Vaccination United Provinces of Agra and Oudh 1923-1928 - 1923-1928
Year: 1923
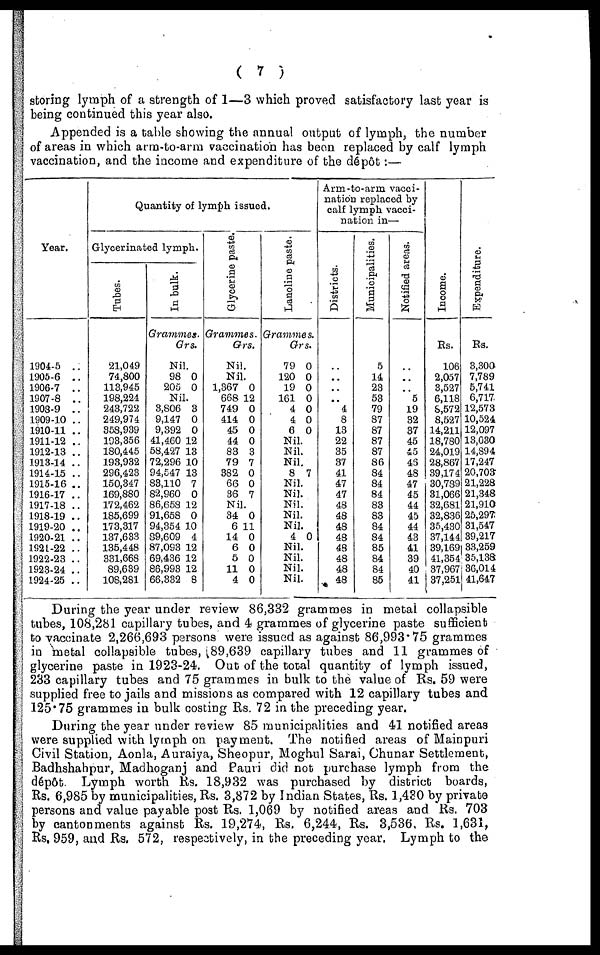
( 7 )
storing lymph of a strength of 1—3 which proved satisfactory last year is
being continued this year also.
Appended is a table showing the annual output of lymph, the number
of areas in which arm-to-arm vaccination has been replaced by calf lymph
vaccination, and the income and expenditure of the dépôt :—
Year.
1904-5 ..
1905-6 ..
1906-7 ..
1907-8 ..
1908-9 ..
1909-10 ..
1910-11 ..
1911-12 ..
1912-13 ..
1913-14 ..
1914-15 ..
1915-16 ..
1916-17 ..
1917-18 ..
1918-19 ..
1919-20 ..
1920-21 ..
1921-22 ..
1922-23 ..
1923-24 ..
1924-25 ..
Quantity of lymph issued.
Glycerinated lymph.
Tubes.
21,049
74,800
113,945
198,224
243,722
249,974
358,939
193,356
180,445
193,932
296,423
150,347
169,880
172,462
185,699
173,317
137,633
135,448
331,668
89,639
108,281
In bulk.
Grammes.
Grs.
Nil.
98
205
0
0
Nil.
3,806
9,147
9,392
41,460
58,427
72,296
94,547
83,110
82,960
86,658
91,658
94,354
89,609
87,093
69,436
86,993
66,332
3
0
0
12
13
10
13
7
0
12
0
10
4
12
12
12
8
Glycerine paste.
Grammes.
Grs.
Nil.
Nil.
1,367
668
749
414
45
44
83
79
382
66
36
0
12
0
0
0
0
3
7
0
0
7
Nil.
34
6
14
6
5
11
4
0
11
0
0
0
0
0
Lanoline paste.
Grammes.
Grs.
79
120
19
161
4
4
6
0
0
0
0
0
0
0
Nil.
Nil.
Nil.
8 7
Nil.
Nil.
Nil.
Nil.
Nil.
4 0
Nil.
Nil.
Nil.
Nil.
Arm-to-arm vacci-
nation replaced by
calf lymph vacci-
nation in—
Districts.
..
..
..
..
4
8
13
22
35
37
41
47
47
48
48
48
48
48
48
48
48
Municipalities.
5
14
23
53
79
87
87
87
87
86
84
84
84
83
83
84
84
85
84
84
85
Notified areas.
..
..
..
5
19
32
37
45
45
46
48
47
45
44
45
44
43
41
39
40
41
Income.
Rs.
106
2,057
3,527
6,118
8,572
8,527
14,211
18,780
24,019
28,867
39,174
30,789
31,066
32,681
32,836
35,430
37,144
39,169
41,354
37,967
37,251
Expenditure.
Rs.
3,300
7,789
5,741
6,717
12,573
10,524
12,097
13,030
14,894
17,247
20,703
21,228
21,348
21,910
25,297
31,547
39,217
33,259
35,138
36,014
41,647
During the year under review 86,332 grammes in metal collapsible
tubes, 108,281 capillary tubes, and 4 grammes of glycerine paste sufficient
to vaccinate 2,266,693 persons were issued as against 86,993.75 grammes
in metal collapsible tubes, 89,639 capillary tubes and 11 grammes of
glycerine paste in 1923-24. Out of the total quantity of lymph issued,
233 capillary tubes and 75 grammes in bulk to the value of Rs. 59 were
supplied free to jails and missions as compared with 12 capillary tubes and
125.75 grammes in bulk costing Rs. 72 in the preceding year.
During the year under review 85 municipalities and 41 notified areas
were supplied with lymph on payment. The notified areas of Mainpuri
Civil Station, Aonla, Auraiya, Sheopur, Moghul Sarai, Chunar Settlement,
Badhshahpur, Madhoganj and Pauri did not purchase lymph from the
dépôt. Lymph worth Rs. 18,932 was purchased by district boards,
Rs. 6,985 by municipalities, Rs. 3,872 by Indian States, Rs. 1,430 by private
persons and value payable post Rs. 1,069 by notified areas and Rs. 703
by cantonments against Rs. 19,274, Rs. 6,244, Rs. 3,536, Rs. 1,631,
Rs. 959, and Rs. 572, respectively, in the preceding year. Lymph to the